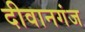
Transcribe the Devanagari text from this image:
दीवानगंज